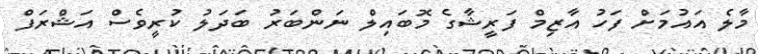
މާލެ އައުމަށް ފަހު އާޒިމް ފަރީޝާގެ މޮބައިލް ނަންބަރު ބަދަލު ކުރީވެސް އަޝްރަފް